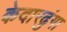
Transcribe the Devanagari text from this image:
केदारढुंगा